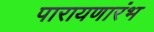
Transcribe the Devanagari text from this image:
पारायणारंभ